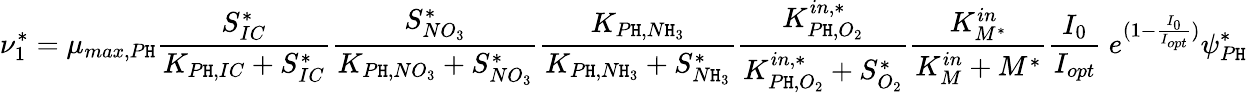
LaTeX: \nu_{1}^{*}=\mu_{max,P\mathtt{H}}\frac{{S_{IC}^{*}}}{{K_{P\mathtt{H},IC}+S_{IC}^{*}}}\frac{{S_{NO_{3}}^{*}}}{{K_{P\mathtt{H},NO_{3}}+S_{NO_{3}}^{*}}}\frac{{K_{P\mathtt{H},N\mathtt{H}_{3}}}}{{K_{P\mathtt{H},N\mathtt{H}_{3}}+S_{N\mathtt{H}_{3}}^{*}}}\frac{{K_{P\mathtt{H},O_{2}}^{in,*}}}{{K_{P\mathtt{H},O_{2}}^{in,*}+S_{O_{2}}^{*}}}\frac{{K_{M^{*}}^{in}}}{{K_{M}^{in}+M^{*}}}\frac{{I_{0}}}{{I_{opt}}}\ e^{(1-\frac{{I_{0}}}{{I_{opt}}})}\psi_{P\mathtt{H}}^{*}